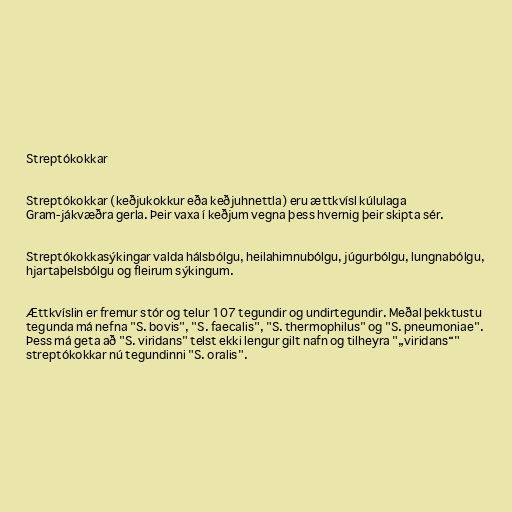
Streptókokkar

Streptókokkar (keðjukokkur eða keðjuhnettla) eru ættkvísl kúlulaga
Gram-jákvæðra gerla. Þeir vaxa í keðjum vegna þess hvernig þeir skipta sér.

Streptókokkasýkingar valda hálsbólgu, heilahimnubólgu, júgurbólgu, lungnabólgu,
hjartaþelsbólgu og fleirum sýkingum.

Ættkvíslin er fremur stór og telur 107 tegundir og undirtegundir. Meðal þekktustu
tegunda má nefna "S. bovis", "S. faecalis", "S. thermophilus" og "S. pneumoniae".
Þess má geta að "S. viridans" telst ekki lengur gilt nafn og tilheyra "„viridans“"
streptókokkar nú tegundinni "S. oralis".